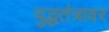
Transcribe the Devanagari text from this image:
युद्धतंत्रावर